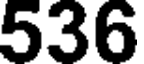
536